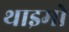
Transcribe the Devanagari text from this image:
थाइमो